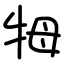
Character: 牳